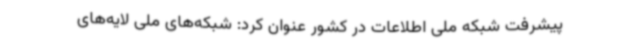
پیشرفت شبکه ملی اطلاعات در کشور عنوان کرد: شبکه‌های ملی لایه‌های